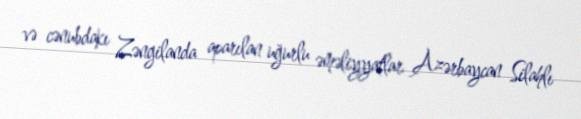
və cənubdakı Zəngilanda aparılan uğurlu əməliyyatlar Azərbaycan Silahlı